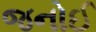
જનોઈ